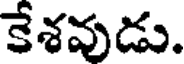
కేశవుడు.